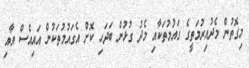
މިގޮތުން މެދުއިރުމަތީގެ ގައުމުތަކާއި މެދު ގުޅުން ބަދަހި ކޮށް އެގައުމުތަކުން އައިއެސް އާއި